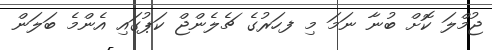
ޖުމްލަ ކޮށް ބުނާ ނަމަ މި ފހަަރުގެ ޗެލެންޖް ކަޕުގައި އެންމެ ބަލަން